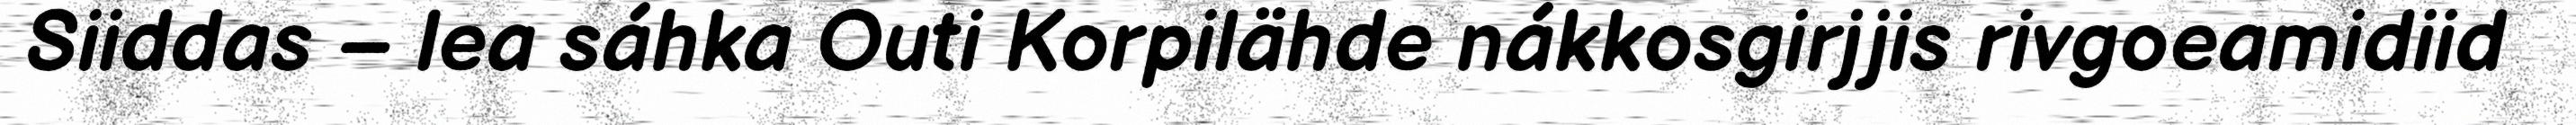
Siiddas – lea sáhka Outi Korpilähde nákkosgirjjis rivgoeamidiid